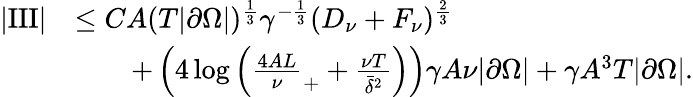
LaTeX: \begin{array}{rl}{|\mathrm{III}|}&{\le CA(T|\partial\Omega|)^{\frac 13}\gamma^{-\frac 13}(D_{\nu}+F_{\nu})^{\frac 23}}\\ &{\qquad+\left(4\log\left(\frac{4AL}\nu_{+}+\frac{\nu T}{\bar{\delta}^{2}}\right)\right)\gamma A\nu|\partial\Omega|+\gamma A^{3}T|\partial\Omega|.}\end{array}